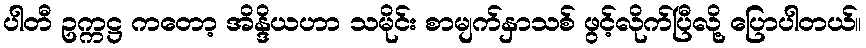
ပါတီ ဥက္ကဋ္ဌ ကတော့ အိန္ဒိယဟာ သမိုင်း စာမျက်နှာသစ် ဖွင့်လိုက်ပြီလို့ ပြောပါတယ်။